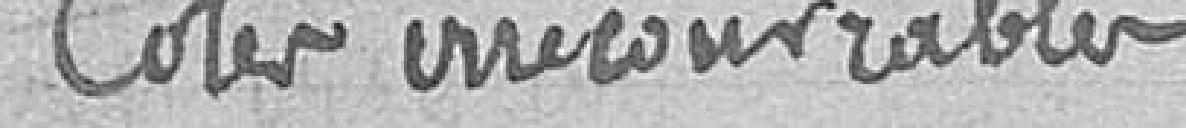
Cotes irrécouvrables